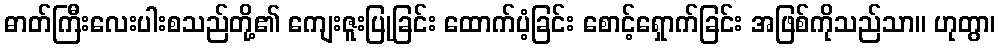
ဓာတ်ကြီးလေးပါးစသည်တို့၏ ကျေးဇူးပြုခြင်း ထောက်ပံ့ခြင်း စောင့်ရှောက်ခြင်း အဖြစ်ကိုသည်သာ။ ဟုတွာ၊